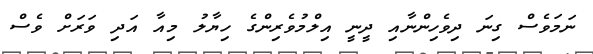
ނަމަވެސް ގިނަ ދިވެހިންނާއި ދީނީ އިލްމުވެރިންގެ ހިޔާލު މިއާ އަދި ވަރަށް ވެސް